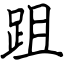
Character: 跙